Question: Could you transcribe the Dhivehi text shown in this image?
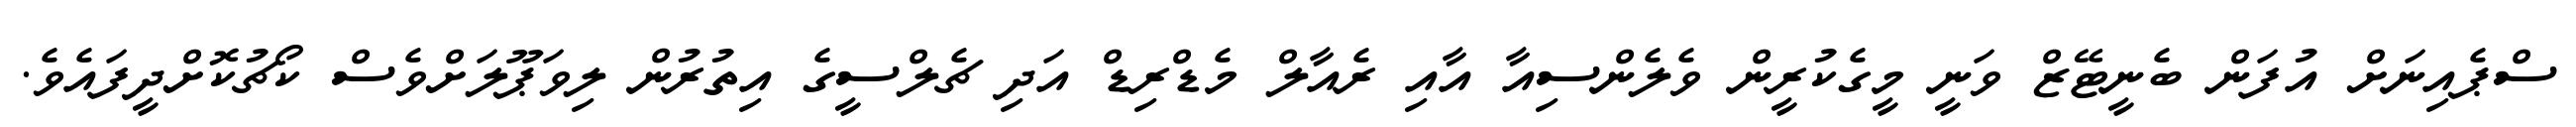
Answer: ސްޕެއިނަށް އުފަން ބެނީޓޭޒް ވަނީ މީގެކުރީން ވެލެންސިއާ އާއި ރެއާލް މެޑްރިޑް އަދި ޗެލްސީގެ އިތުރުން ލިވަޕޫލަށްވެސް ކޯޗުކޮށްދީފައެވެ.